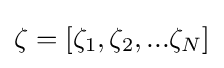
\zeta =[\zeta _{1},\zeta _{2},...\zeta _{N}]